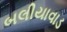
બલીયાવાડ